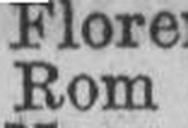
Rom